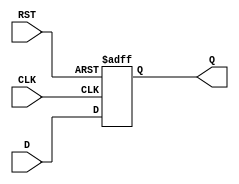
module StoreRegister #(
    parameter WIDTH = 8  // Parameter to define the width of the register
)(
    input  wire [WIDTH-1:0] D,    // Data input
    input  wire CLK,               // Clock input
    input  wire RST,               // Reset input
    output reg  [WIDTH-1:0] Q      // Data output
);

    // Always block triggered on the rising edge of the clock or the reset signal
    always @(posedge CLK or posedge RST) begin
        if (RST) begin
            Q <= {WIDTH{1'b0}};      // Reset the register to 0
        end else begin
            Q <= D;                  // Latch the input data into the register
        end
    end

endmodule